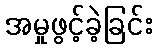
အမှုဖွင့်ခဲ့ခြင်း